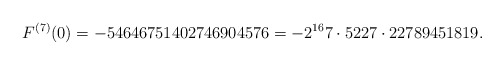
\begin{align*}F^{(7)}(0)=-54646751402746904576=-2^{16}7\cdot 5227\cdot 22789451819.\end{align*}